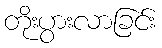
တိုးပွားလာခြင်း